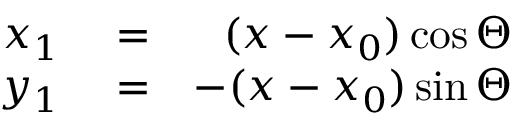
\begin{array} { r l r } { x _ { 1 } } & { { } = } & { ( x - x _ { 0 } ) \cos \Theta } \\ { y _ { 1 } } & { { } = } & { - ( x - x _ { 0 } ) \sin \Theta } \end{array}